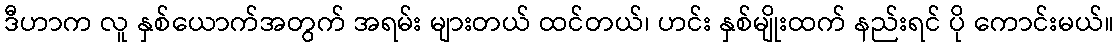
ဒီဟာက လူ နှစ်ယောက်အတွက် အရမ်း များတယ် ထင်တယ်၊ ဟင်း နှစ်မျိုးထက် နည်းရင် ပို ကောင်းမယ်။